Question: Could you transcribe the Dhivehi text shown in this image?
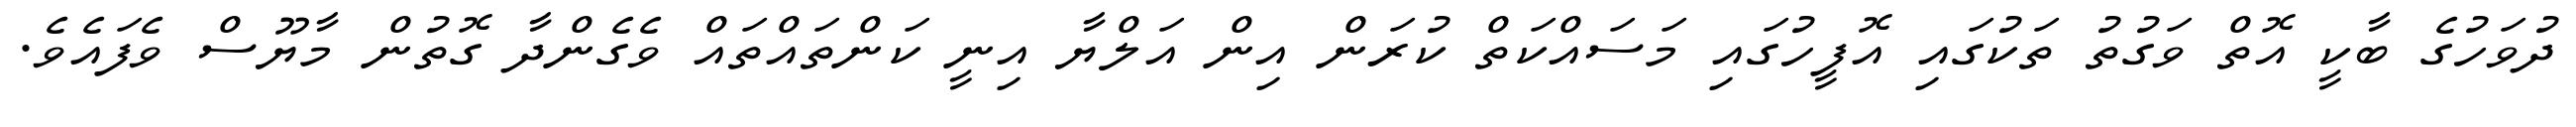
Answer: ދުވަހުގެ ބާކީ އޮތް ވަގުތު ތަކުގައި އޮފީހުގައި މަސައްކަތް ކުރަން އިން އަލްޔާ އިނީ ކަންތައްތައް ވެގެންދާ ގޮތުން މާޔޫސް ވެފައެވެ.